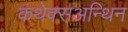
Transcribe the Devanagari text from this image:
कंथेक्सअन्थिन